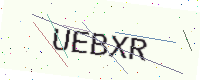
Text: UEBXR